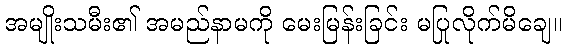
အမျိုးသမီး၏ အမည်နာမကို မေးမြန်းခြင်း မပြုလိုက်မိချေ။